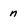
Character: n